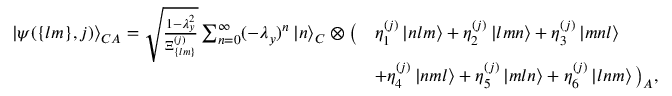
\begin{array} { r l } { \left| \psi ( \{ l m \} , j ) \right> _ { C A } = \sqrt { \frac { 1 - \lambda _ { y } ^ { 2 } } { \Xi _ { \{ l m \} } ^ { ( j ) } } } \sum _ { n = 0 } ^ { \infty } ( - \lambda _ { y } ) ^ { n } \left| n \right> _ { C } \otimes \big ( } & { \eta _ { 1 } ^ { ( j ) } \left| n l m \right> + \eta _ { 2 } ^ { ( j ) } \left| l m n \right> + \eta _ { 3 } ^ { ( j ) } \left| m n l \right> } \\ & { + \eta _ { 4 } ^ { ( j ) } \left| n m l \right> + \eta _ { 5 } ^ { ( j ) } \left| m l n \right> + \eta _ { 6 } ^ { ( j ) } \left| l n m \right> \big ) _ { A } , } \end{array}